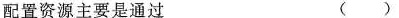
配置资源主要是通过 ()